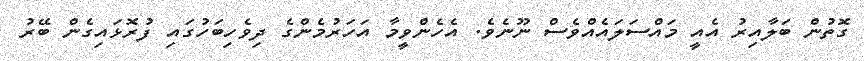
ގޮތުން ބަލާއިރު އެއީ މައްސަލައެއްވެސް ނޫނެވެ. އެހެންވީމާ އަހަރުމެންގެ ދިވެހިބަހުގައި ފުރޮޅައިގެން ބޭރު